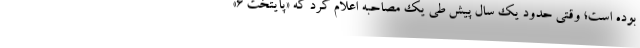
بوده است؛ وقتی حدود یک سال پیش طی یک مصاحبه اعلام کرد که «پایتخت ۶»